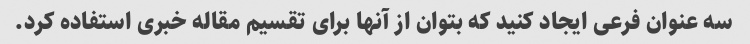
سه عنوان فرعی ایجاد کنید که بتوان از آنها برای تقسیم مقاله خبری استفاده کرد.